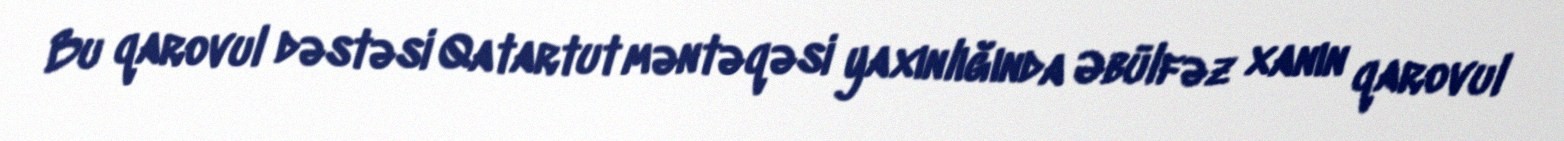
Bu qarovul dəstəsi Qatartut məntəqəsi yaxınlığında Əbülfəz xanın qarovul